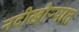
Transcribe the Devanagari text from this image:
नदीखोऱ्यात